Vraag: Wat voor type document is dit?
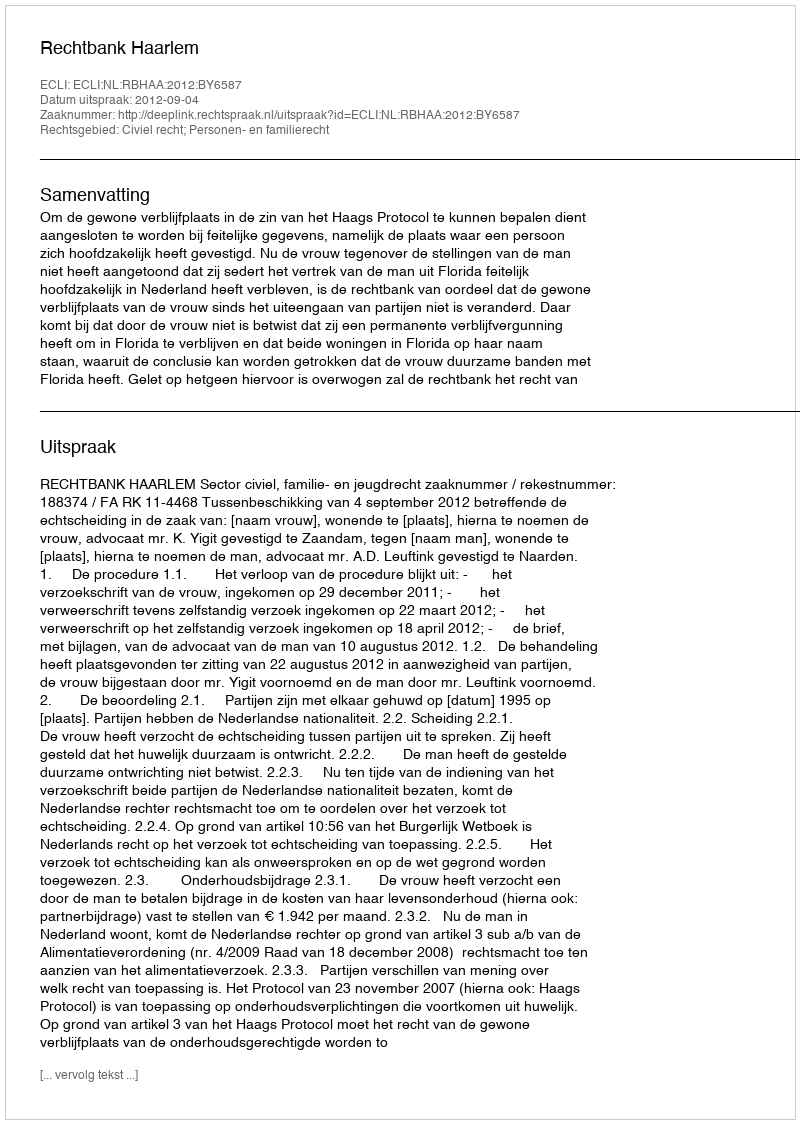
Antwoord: Uitspraak